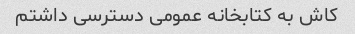
کاش به کتابخانه عمومی دسترسی داشتم